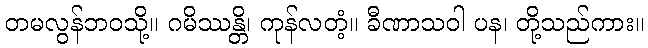
တမလွန်ဘဝသို့။ ဂမိဿန္တိ၊ ကုန်လတံ့။ ခီဏာသဝါ ပန၊ တို့သည်ကား။